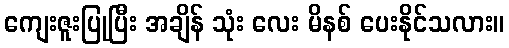
ကျေးဇူးပြုပြီး အချိန် သုံး လေး မိနစ် ပေးနိုင်သလား။